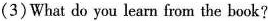
(3)What do you learn from the book?